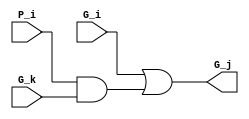
module grey(input G_i, P_i, G_k,
            output G_j);

        wire tr;

        and (tr, P_i, G_k);
        or (G_j, G_i, tr);
        
endmodule